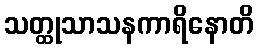
သတ္ထုသာသနကာရိနောတိ